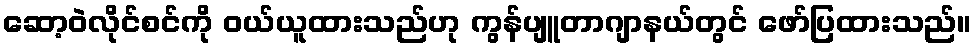
ဆော့ဝဲလိုင်စင်ကို ဝယ်ယူထားသည်ဟု ကွန်ပျူတာဂျာနယ်တွင် ဖော်ပြထားသည်။